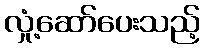
လှုံ့ဆော်ပေးသည့်